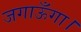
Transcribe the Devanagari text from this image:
जगाऊँगा।